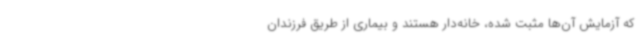
که آزمایش آن‌ها مثبت شده، خانه‌دار هستند و بیماری از طریق فرزندان